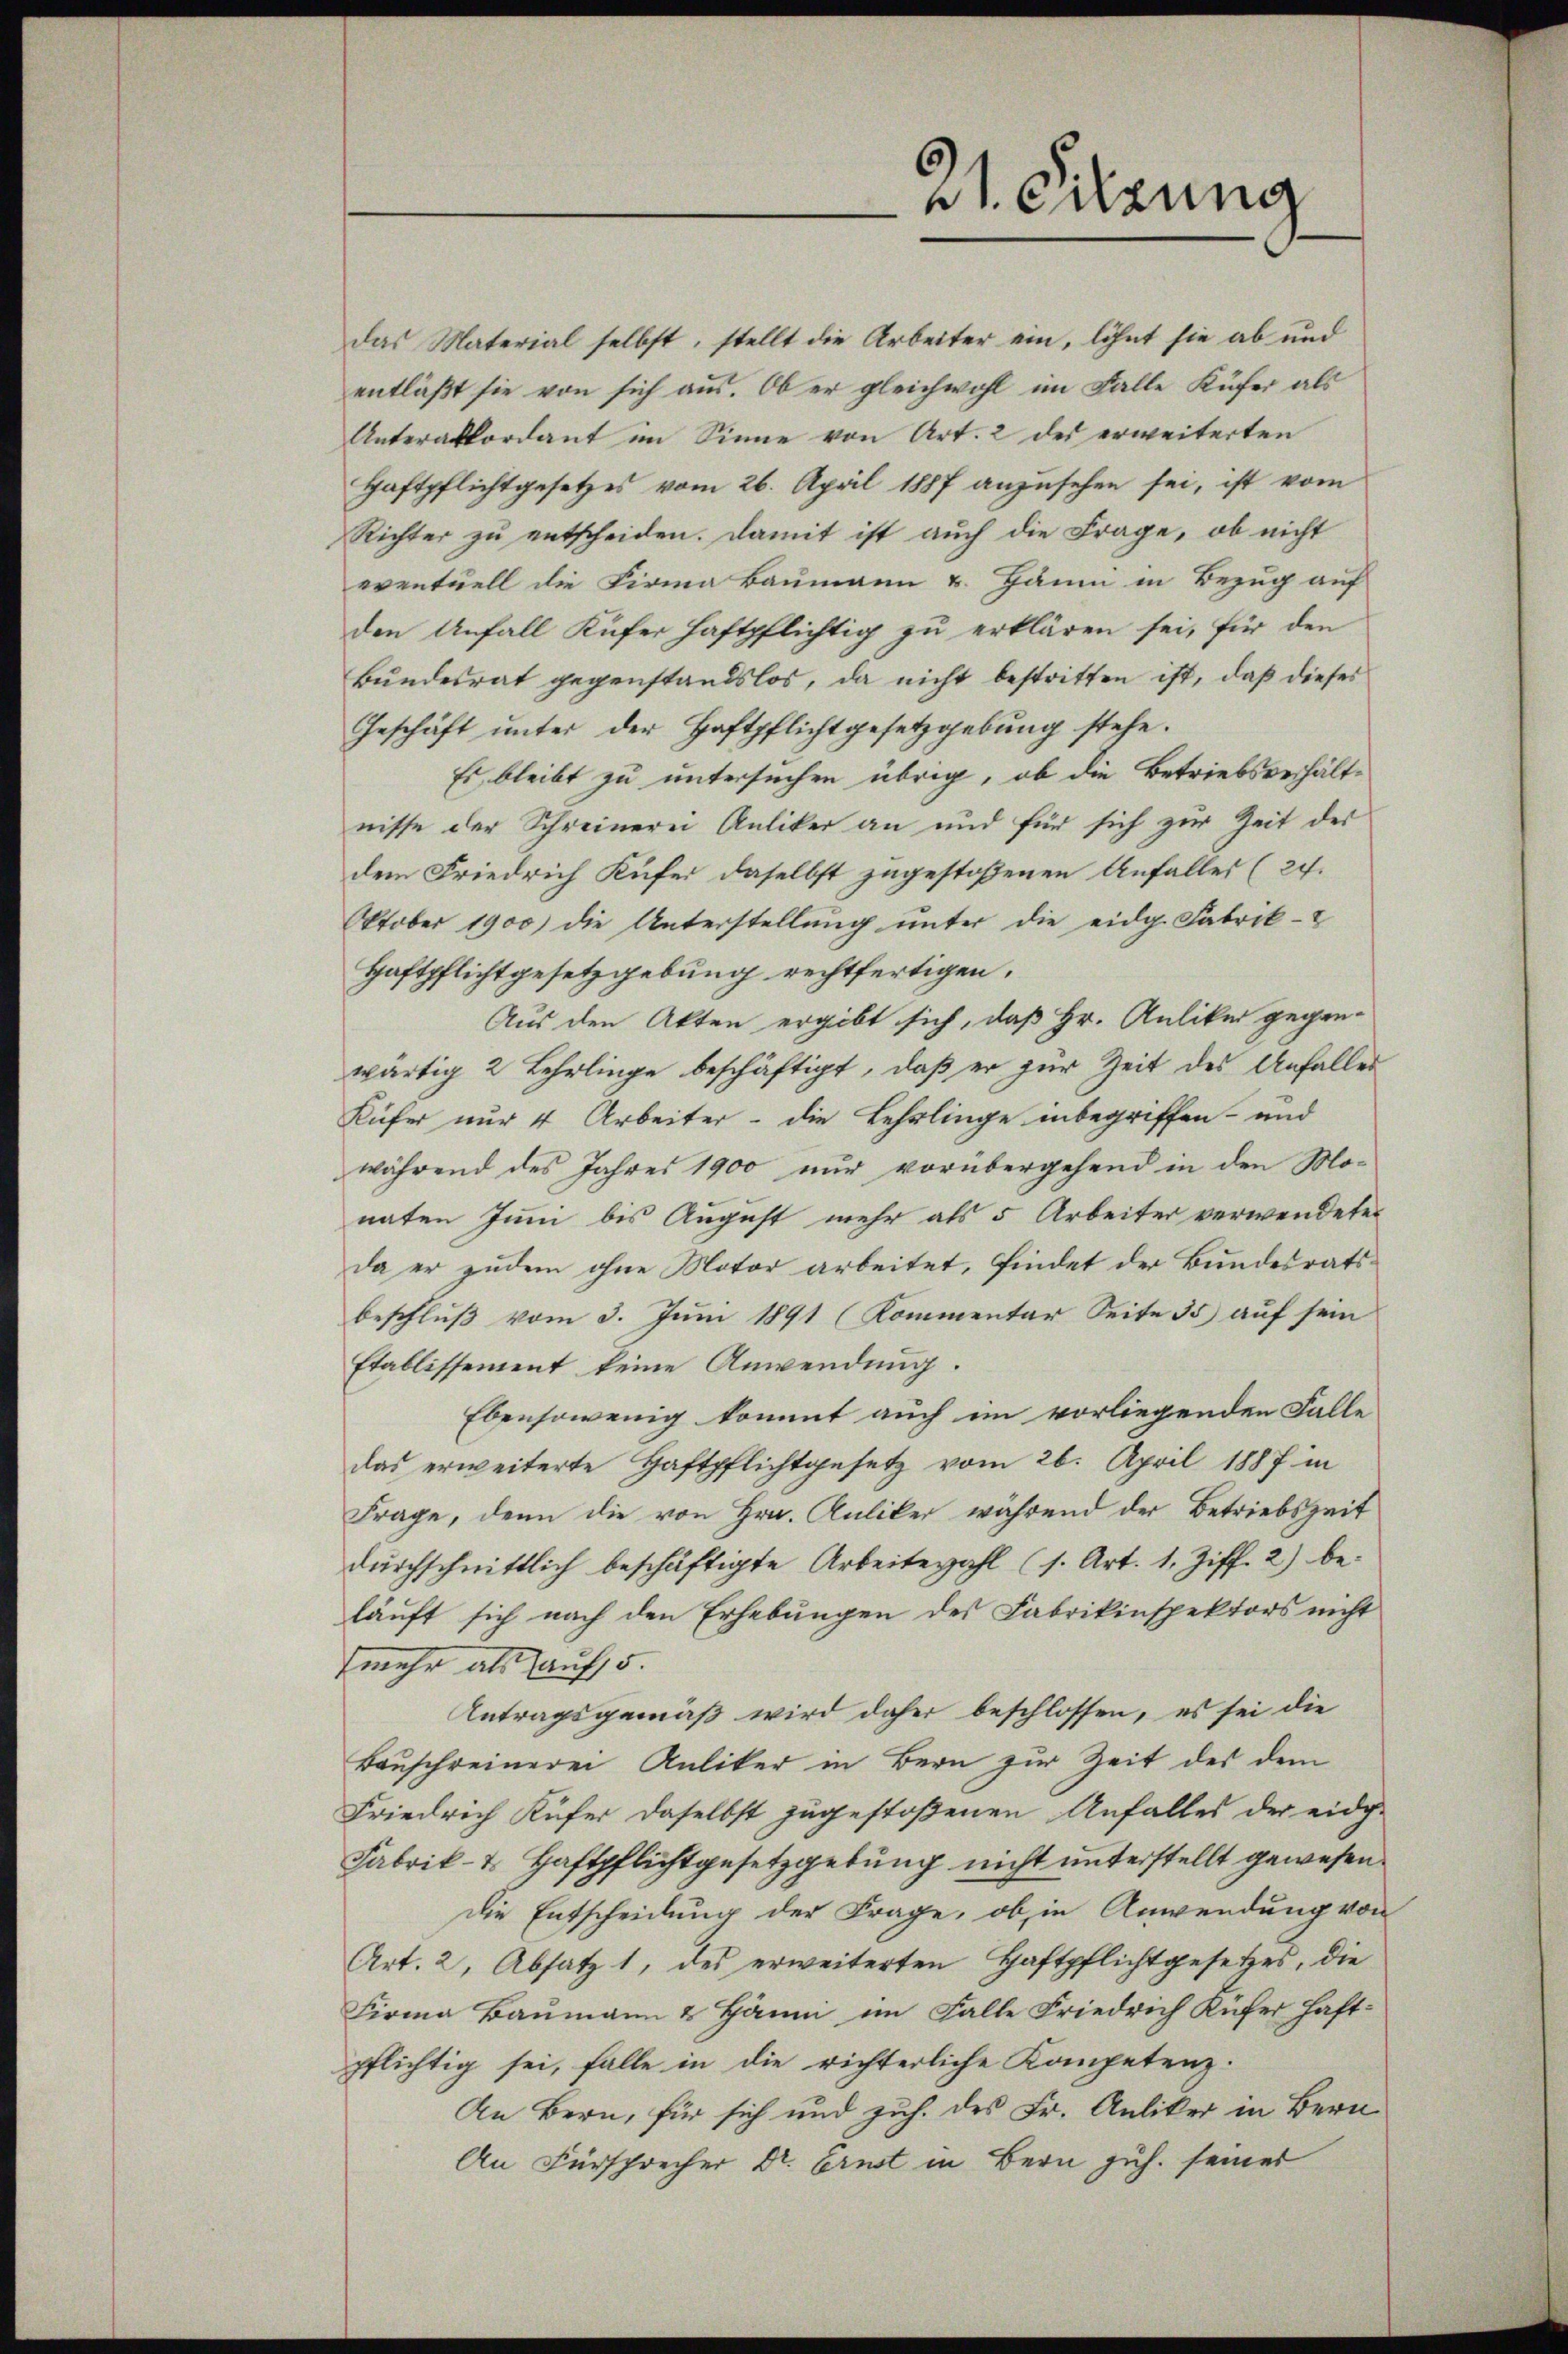
das Material selbst, stellt die Arbeiter ein, löhnt sie ab und
entläßt sie von sich aus. Ob er gleichwohl im Falle Küfer als
Unterakkordant im Sinne von Art. 2 des erweiterten
Haftpflichtgesetzes vom 26. April 1887 anzusehen sei, ist vom
Richter zu entscheiden. Damit ist auch die Frage, ob nicht
eventuell die Firma Baumann u. Häum in Bezug auf
den Unfall Küfer haftpflichtig zu erklären sei, für den
Bundesrat gegenstandslos, da nicht bestritten ist, daß dieses
Geschäft ŭnter der Haftpflichtgesetzgebŭng stehe.
Es bleibt zu untersuchen übrig, ob die Betriebsverhältnisse der Schreinerei Anliker an und für sich zur Zeit des
dem Friedrich Küfer daselbst zugestoßenen Anfaller (27.
Oktober 1900) die Unterstellung unter die eidg. Fabrik-
Haftpflichtgesetzgebung rechtfertigen.
Aus den Akten ergibt sich, daß Hr. Anliker gegen-
wärtig 2 Lehrlinge beschäftigt, daß er zur Zeit des Anfalles
Küfer nur 4 Arbeiter - die Lehrlinge inbegriffen- und
während des Jahres 1900 nur vorübergehend in den Monaten Juni bis August mehr als 5 Arbeiter verwendeten
da er zudem ohne Motor arbeitet, findet der Bundesratsbeschluß vom 3. Juni 1891 (Kommentar Seite 35 auf sein
Etablissement keine Anwendung.
Ebensowenig kommt auch im vorliegenden Falle
das erweiterte Haftpflichtgesetz vom 26. April 1887 in
Frage, denn die von Hrn. Kuliker während der Betriebszeit
dŭrchschnittlich beschäftigte Arbeite zahl (s. Art. 1. Ziff. 2) be-
läuft sich nach den Erhebungen des Fabrikinspektors nicht
mehr als auf 5.
Antragsgemäß wird daher beschlossen, es sei die
Bauschreinerei Anliker in Bern zur Zeit des dem
Friedrich Küfer daselbst zugestoßenen Anfalles der eidg-
Fabrik- & Haftpflichtgesetzgebung nicht unterstellt gewesen.
Die Entscheidung der Frage, ob in Anwendung von
Art. 2, Absatz 1, des erweiterten Haftpflichtgesetzes, die
Firma Baumann & Hänni im Falle Friedrich Küfer haft-
pflichtig sei, falle in die richterliche Kompetenz-
An Bern, für sich und zuh. des Fr. Anliker in Bern
An Fürsprecher Dr. Ernst in Bern zuh. seiner

21. Sitzung